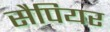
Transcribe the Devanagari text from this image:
सैपियर